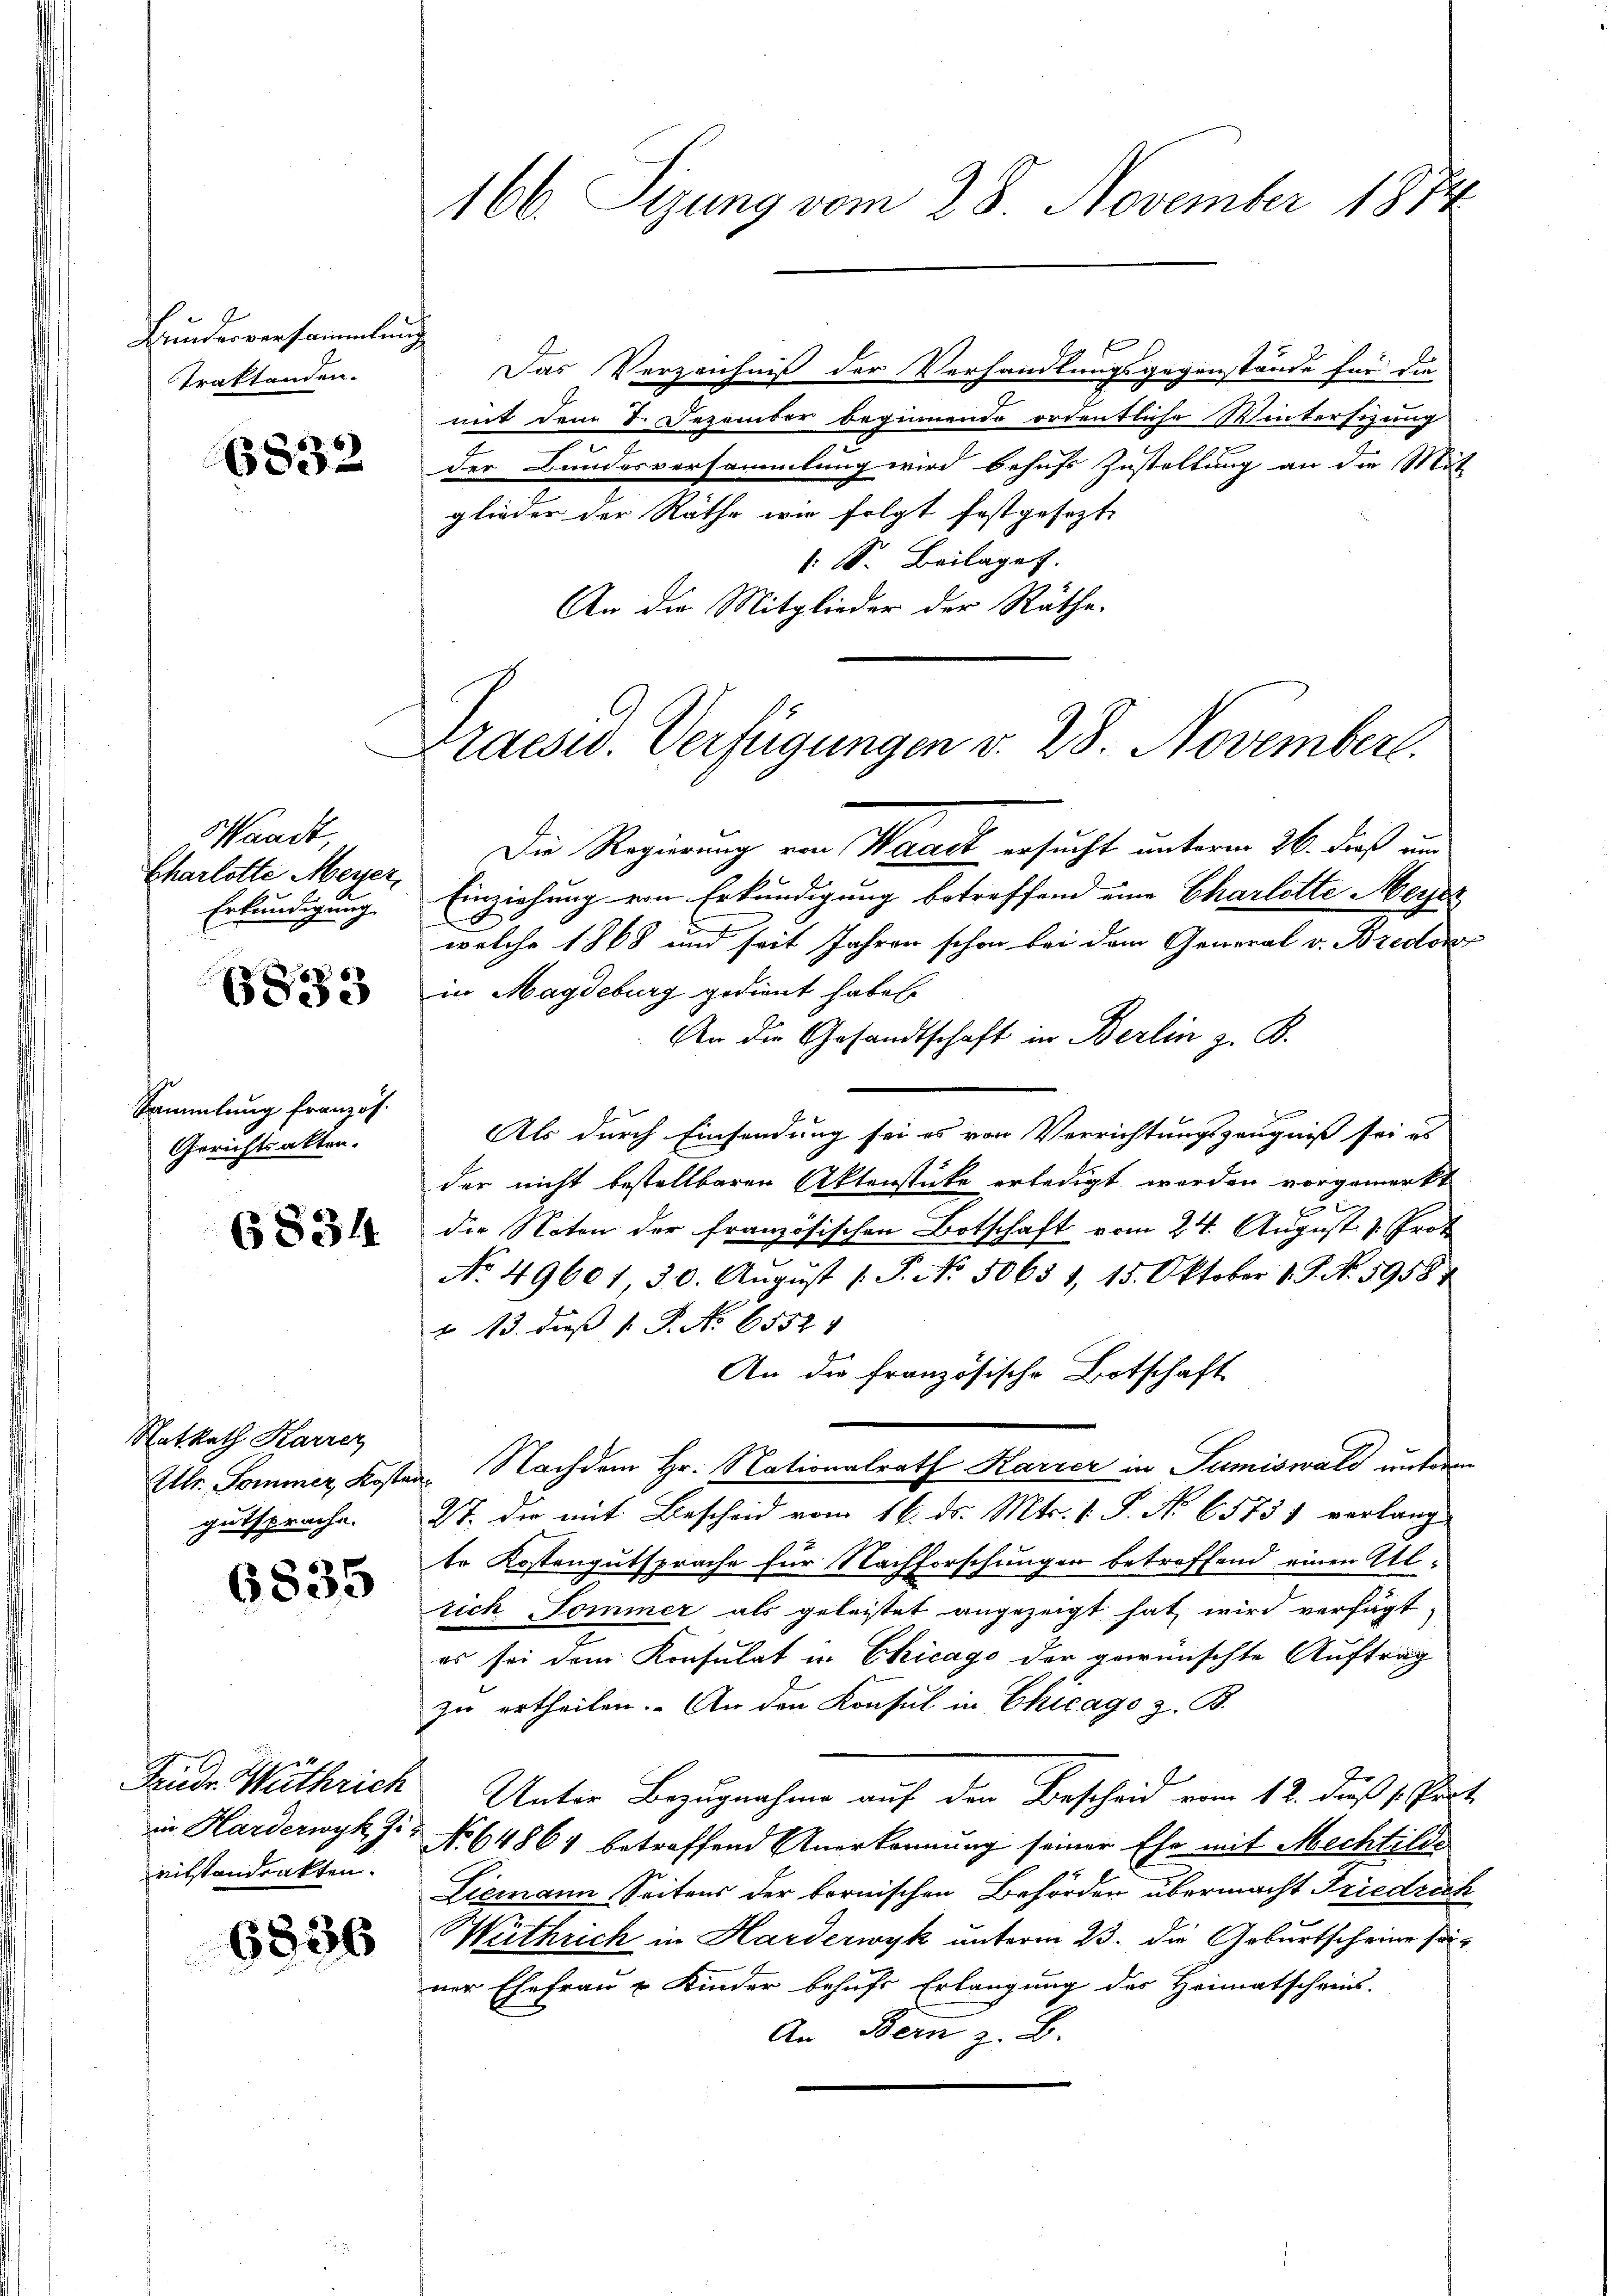
Bundesversammlung
Traktanden.

6832

Waadt,
Charlotte Meyer,
Erkundigung

6833

Sammlung französ.
Gerichtsakten.

6834

RatRath Karrer
gutsprache.

6835

Friedr. Wuthrich
rilstandenkten.

6836

166. Sizung vom 28. November 1874.

Praesw. Verfügungen v. 28. November.

Das Verzeichniß der Verhandlungsgegenstände für die
mit dem 8. Dezember beginnende ordentliche Wintersitzung
der Bundesversammlung wird behufs Zustellung an die Mut
glieder der Räthe wie folgt festgesezt.
1 S. Beilages
An die Mitglieder der Räthe.
Die Regierung von Waadt ersucht unterm 26. dieß um
Einziehung von Erkundigung betreffend eine Charlotte Meier
welche 1868 und seit Jahren schon bei dem General v. Bredoni
in Magdeburg gedient haben
An die Gesandtschaft in Berlin z. B.
Als durch Einsendung sei es von Verrichtungszeugniß sei es
der nicht bestellbaren Aktenstücke erledigt werden vorgemerkt
die Noten der französischen Botschaft vom 24. August v. Prot
No. 49601 30. Aŭgŭst /: P. No. 5065 1, 15. Oktober 1 S. N. 59587
" 13. dieß P. No 65521
An die französische Botschaft
Utr. Sommer Kosten Nachdem Hr. Nationalrath Karrer in Sumiswald unterm
27. Die mit Bescheid vom 16. ds. Mts. 1. P. No 65751 verlang
te Kostengutsprache für Nachforschungen betreffend einen Alrich Tommer als geleistet angezeigt hat wird verfügt,
es sei dem Konsulat in Chicago der gewünschte Auftrag
zu ertheilen. An den Konsul in Chicago z. B.
Unter Bezugnahme auf den Bescheid vom 12. Fuß s. Ver-
in Harderwyk Ji No 64864 betreffend Anerkennung seiner Ehe mit Mechtilde
Liemann Seitens der bornischen Behörden übermacht Friedric
Withrich in Harderwyk unterm 23. die Geburtscheine solner Ehefrau u Kinder behufs Erlangung des Heimatschreis-
An Bern z. B.